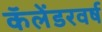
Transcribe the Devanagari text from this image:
कॅलेंडरवर्ष